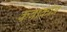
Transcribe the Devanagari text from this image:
कबाकोव